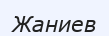
Жаниев